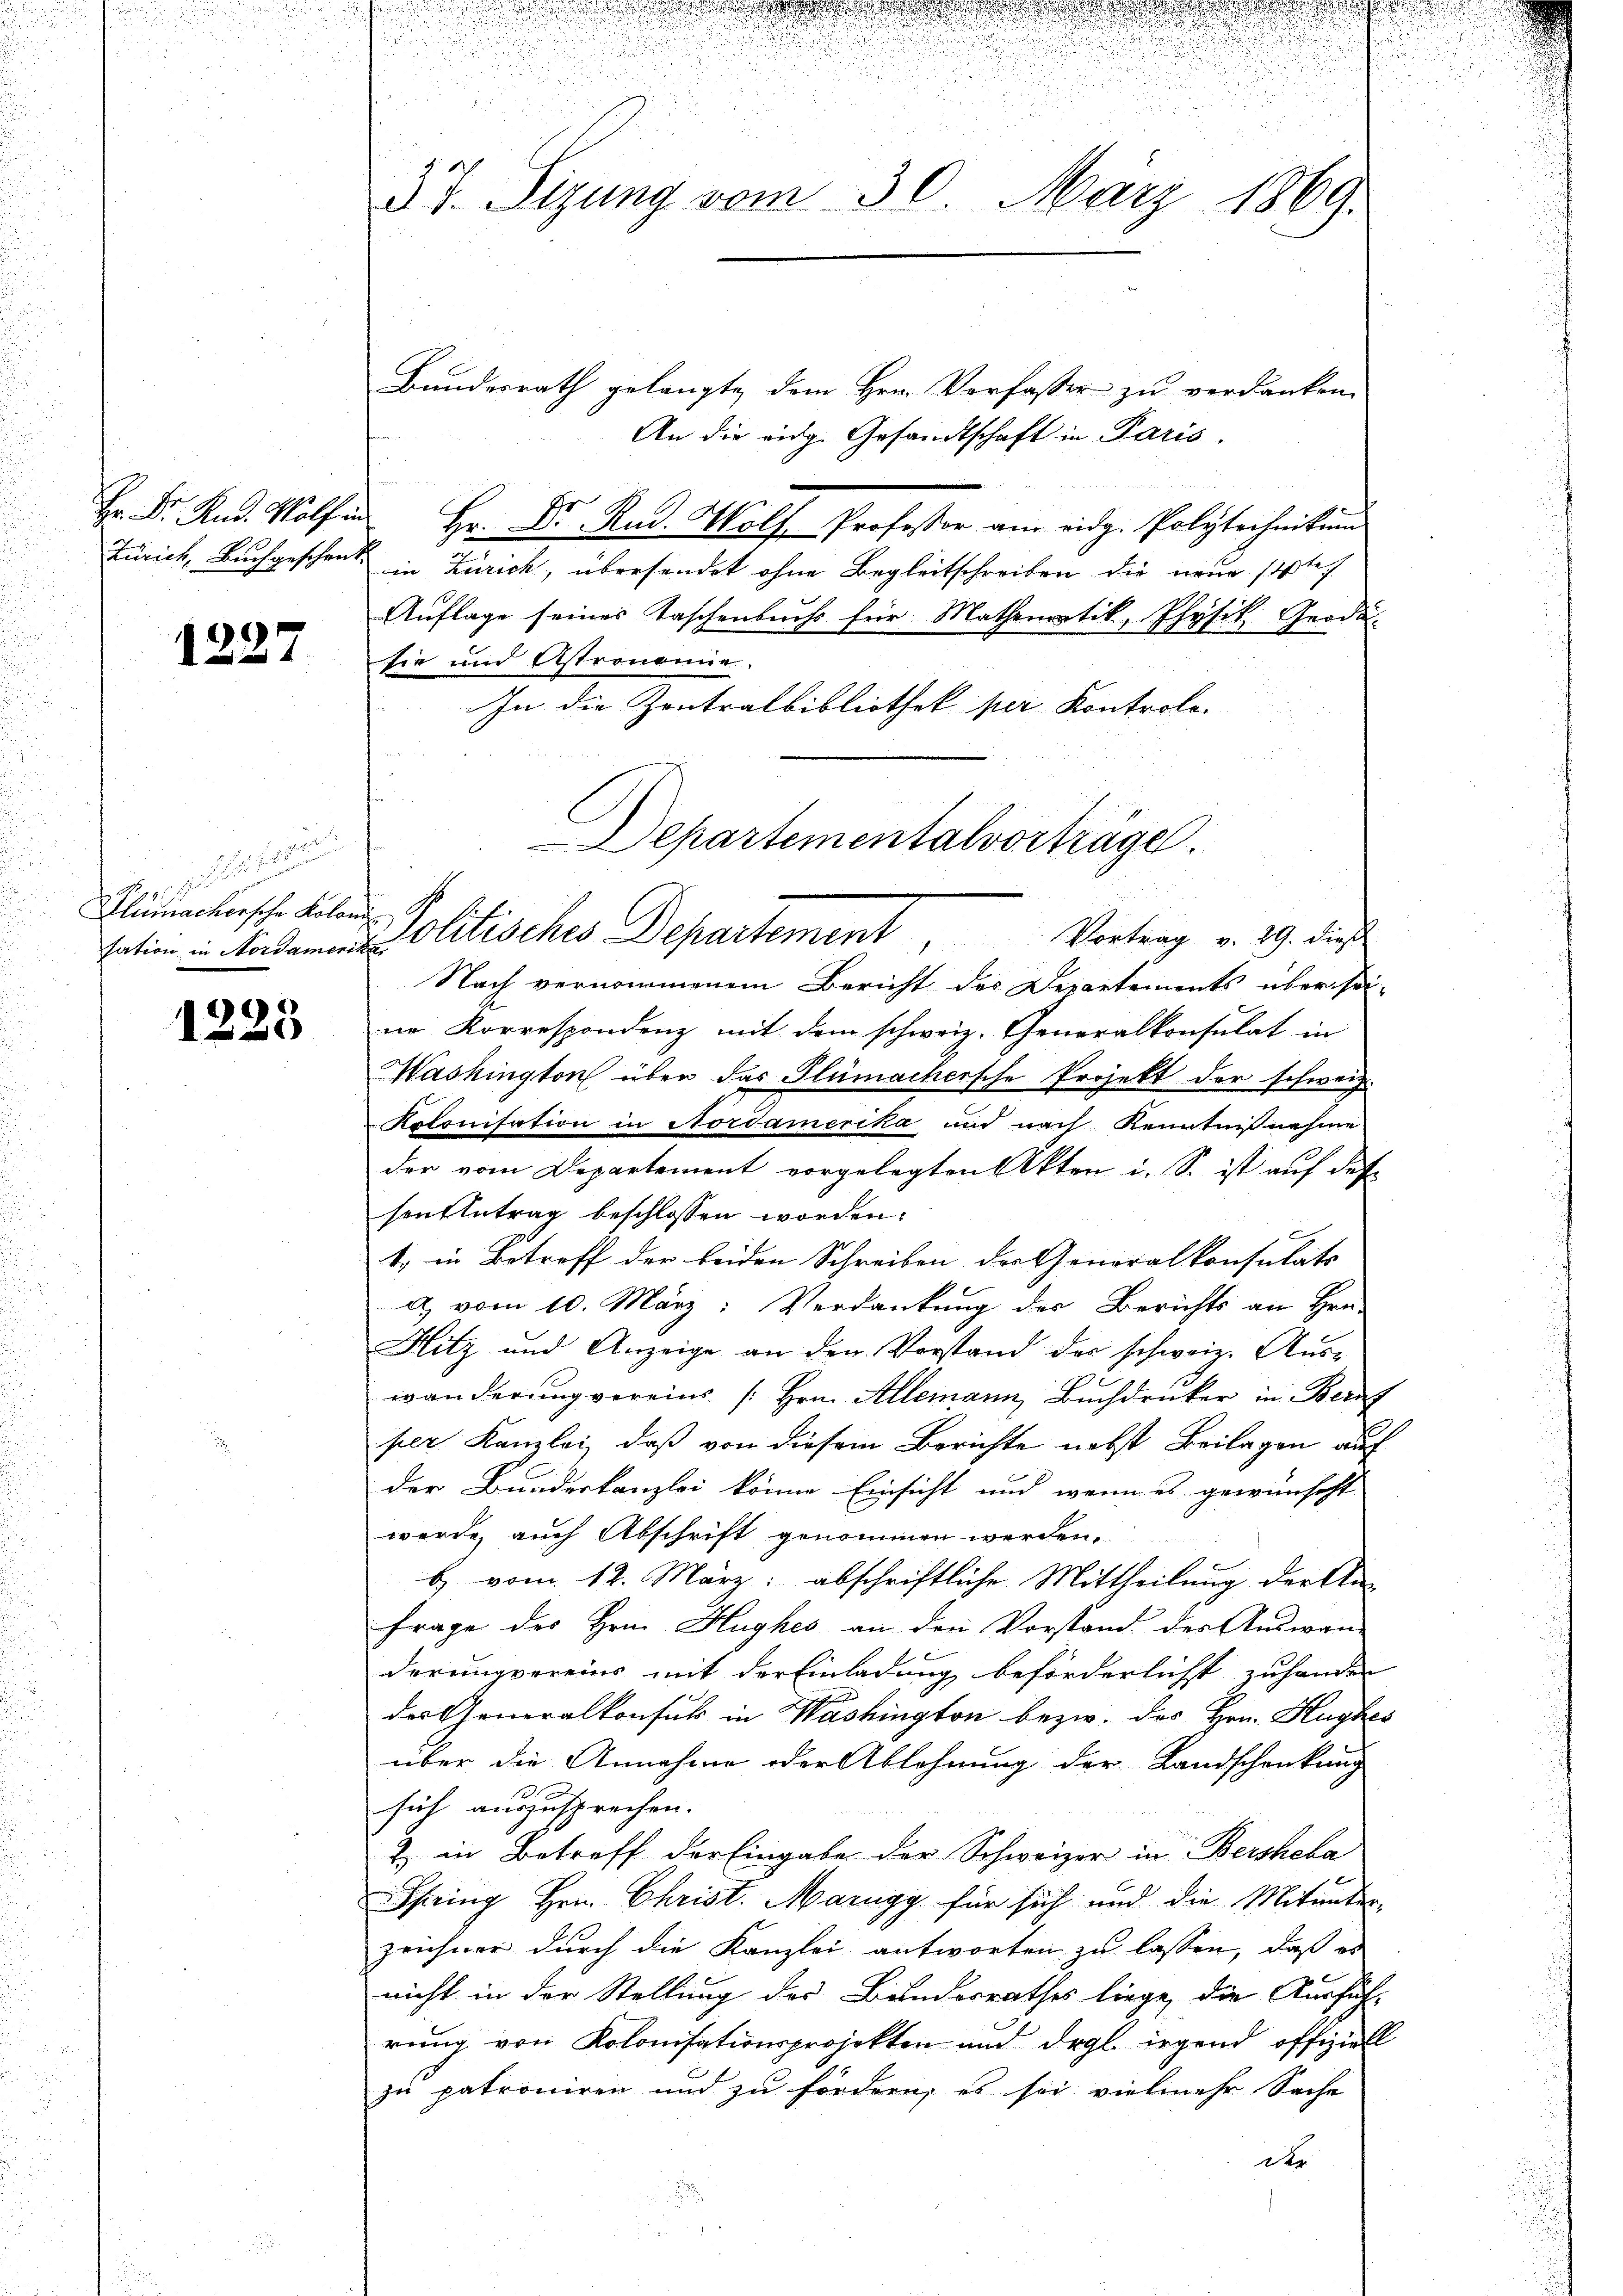
1227.

ferne
S 19
Hlumachersche Koloni

1223

s
37. Sizung vom 30. März 1869.

Bundesrath gelangte, dem Hrn. Vorfasser zu verdanken.
An die eidg. Gesandtschaft in Paris.
H Dr. And. Wolfen Hr. Dr. Rud. Wolf Professor am eidg. Polytechnikum
Zürich, Buchgeschenkt in Zürich, übersendet ohne Begleitschreiben die neue steh
Auflage seines Taschenbuchs für Mathematik, Physik Grade-
sie und Astronomie
In die Zontralbibliothek per Kontrolo.
Nach vernommenem Bericht des Departements über sei-
ne Korrespondenz mit dem schweiz. Generalkonsulat in
Mashington über das Glümachersche Projekt der schweiz.
Kolonisation in Nordamerika und nach Kenntnisnahme
der vom Departement vorgelegten Akten i. S. ist auf des
sengetrag beschlossen worden.
.
1. in Betroff der beiden Schreiben der Generalkonsulats
d. vom 10. März: Verdankung des Berichts an Hrn.
Hitz und Anzeige an den Vorstand der schweiz. Aus-
wänderung verein [Hrn. Allemann, Buchdrucker in Berat
per Kanzlei, daß von diesem Berichte nebst Beilagen auf
der Bundeskanzlei könne Einsicht und wenn es gewünscht
werde, auch Abschrift genommen werden.
b) vom 12. März: abschriftliche Mittheilung der An-
Frage des Hrn. Hughes an den Vorstand der Auswan-
derungvereins mit der Einladung beförderlichst zu handen
das Generalkonsul in Washington bezw. des Hrn. Hugke
über die Annahme oder Ablohnung der Landschenkung
sich auszusprechen.
2) in Betreff der Eingabe der Schweizer in Bersheka
Shring Hrn. Christ. Margy für sich und die Mitunter-
zeichner durch die Kanzlei antworten zu lassen, daß es
nicht in der Stellung des Bundesrathes liege, die Ausfüh-
rung von Kolonisationsprojekten und drgl. irgend offiziell
zu patroniren und zu fördern, es sei vielmehr Sache
dtr

Departementalvorträge.
tation in Madamens Politisches Departement, Vortrag v. 29. die

u